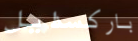
باركسدايل